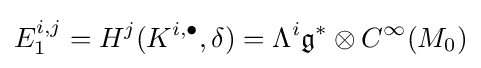
E_{1}^{i,j}=H^{j}(K^{i,\bullet },\delta )=\Lambda ^{i}{\mathfrak {g}}^{*}\otimes C^{\infty }(M_{0})